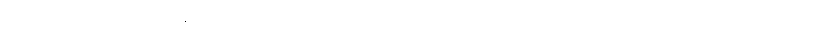
မူထားပြီး အကျယ်ချဲ့ ဟောရပါတယ်၊ ထိုအတိုင်း ချဲ့မယ်ဆိုရင် စာတစ်အုပ် သီးခြားထုတ်မှ